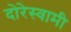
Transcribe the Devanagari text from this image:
दोरेस्वामी